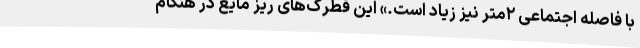
با فاصله اجتماعی ۲‌متر نیز زیاد است.» این قطرک‌های ریز مایع در هنگام